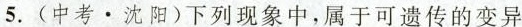
5.(中考·沈阳)下列现象中，属于可遗传的变异